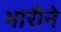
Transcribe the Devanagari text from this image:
भारीने